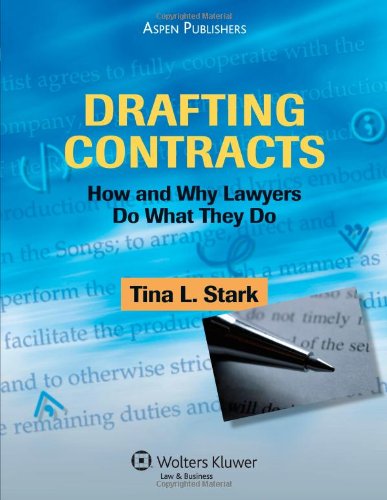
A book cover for Drafting Contracts: How and Why Lawyers Do What They Do; Tina L. Stark; Law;